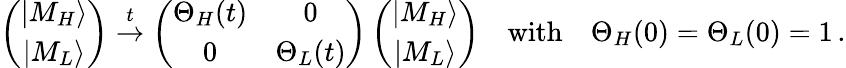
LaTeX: \left(\begin{array}{c}{{|M_{H}\rangle}}\\ {{|M_{L}\rangle}}\end{array}\right)\stackrel{t}{\to}\left(\begin{array}{cc}{{\Theta_{H}(t)}}&{{0}}\\ {{0}}&{{\Theta_{L}(t)}}\end{array}\right)\left(\begin{array}{c}{{|M_{H}\rangle}}\\ {{|M_{L}\rangle}}\end{array}\right)\quad\mathrm{with}\quad\Theta_{H}(0)=\Theta_{L}(0)=1\, .